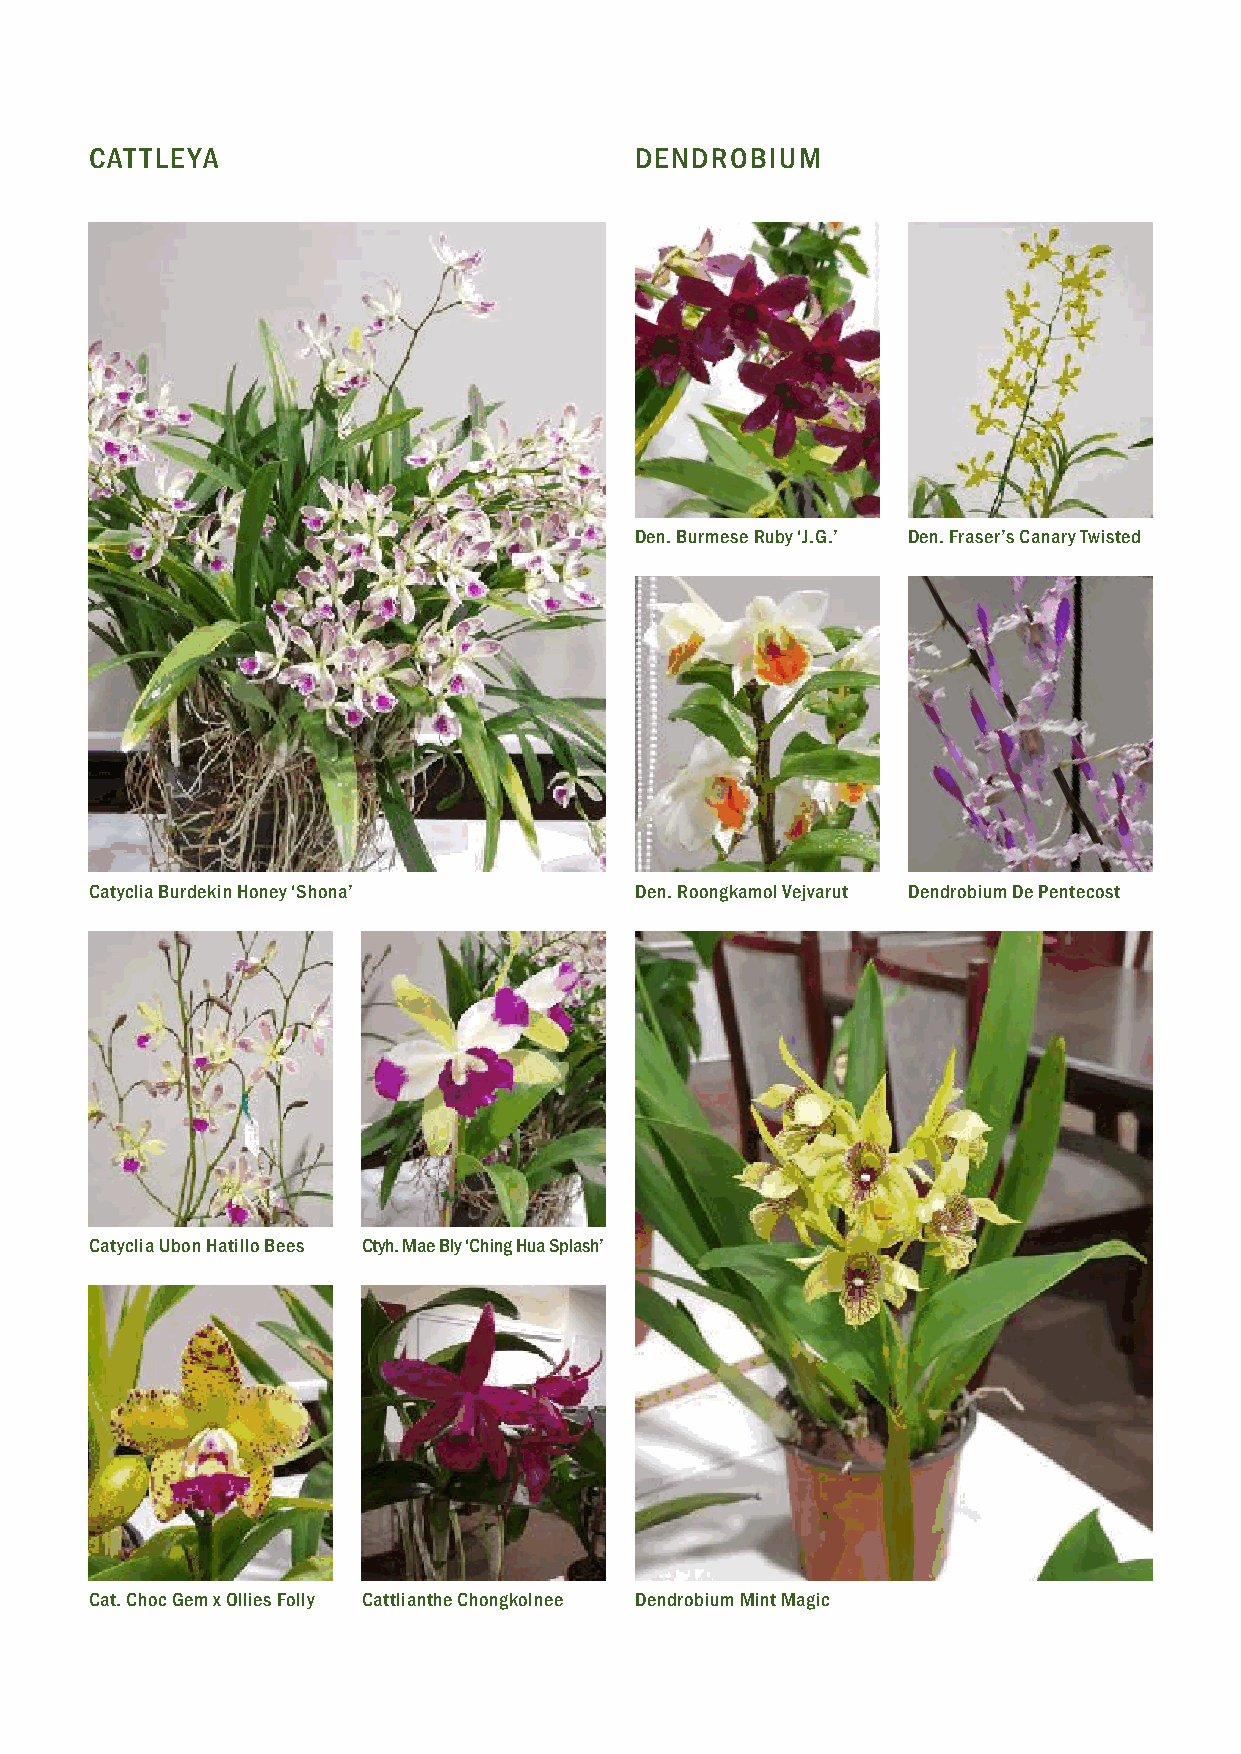
CATTLEYA                            DENDROBIUM
 Den. Burmese Ruby ‘J.G.’ Den. Fraser’s Canary Twisted
 Catyclia Burdekin Honey ‘Shona’     Den. Roongkamol Vejvarut Dendrobium De Pentecost
 Catyclia Ubon Hatillo Bees Ctyh. Mae Bly ‘Ching Hua Splash’
 Cat. Choc Gem x Ollies Folly Cattlianthe Chongkolnee Dendrobium Mint Magic